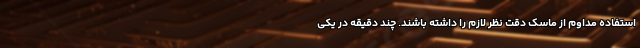
استفاده مداوم از ماسک دقت نظر لازم را داشته باشند. چند دقیقه در یکی